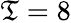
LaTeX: \mathfrak{T}=8